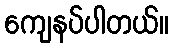
ကျေနပ်ပါတယ်။